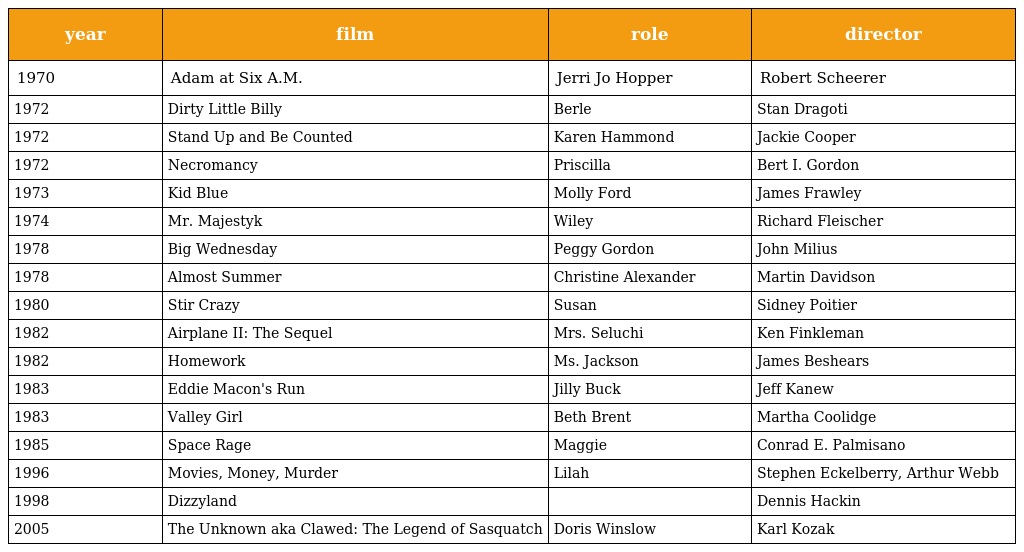
| year | film | role | director |
 | --- | --- | --- | --- |
 | 1970 | Adam at Six A.M. | Jerri Jo Hopper | Robert Scheerer |
 | 1972 | Dirty Little Billy | Berle | Stan Dragoti |
 | 1972 | Stand Up and Be Counted | Karen Hammond | Jackie Cooper |
 | 1972 | Necromancy | Priscilla | Bert I. Gordon |
 | 1973 | Kid Blue | Molly Ford | James Frawley |
 | 1974 | Mr. Majestyk | Wiley | Richard Fleischer |
 | 1978 | Big Wednesday | Peggy Gordon | John Milius |
 | 1978 | Almost Summer | Christine Alexander | Martin Davidson |
 | 1980 | Stir Crazy | Susan | Sidney Poitier |
 | 1982 | Airplane II: The Sequel | Mrs. Seluchi | Ken Finkleman |
 | 1982 | Homework | Ms. Jackson | James Beshears |
 | 1983 | Eddie Macon's Run | Jilly Buck | Jeff Kanew |
 | 1983 | Valley Girl | Beth Brent | Martha Coolidge |
 | 1985 | Space Rage | Maggie | Conrad E. Palmisano |
 | 1996 | Movies, Money, Murder | Lilah | Stephen Eckelberry, Arthur Webb |
 | 1998 | Dizzyland |  | Dennis Hackin |
 | 2005 | The Unknown aka Clawed: The Legend of Sasquatch | Doris Winslow | Karl Kozak |